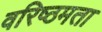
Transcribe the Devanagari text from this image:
वरिष्ठमता